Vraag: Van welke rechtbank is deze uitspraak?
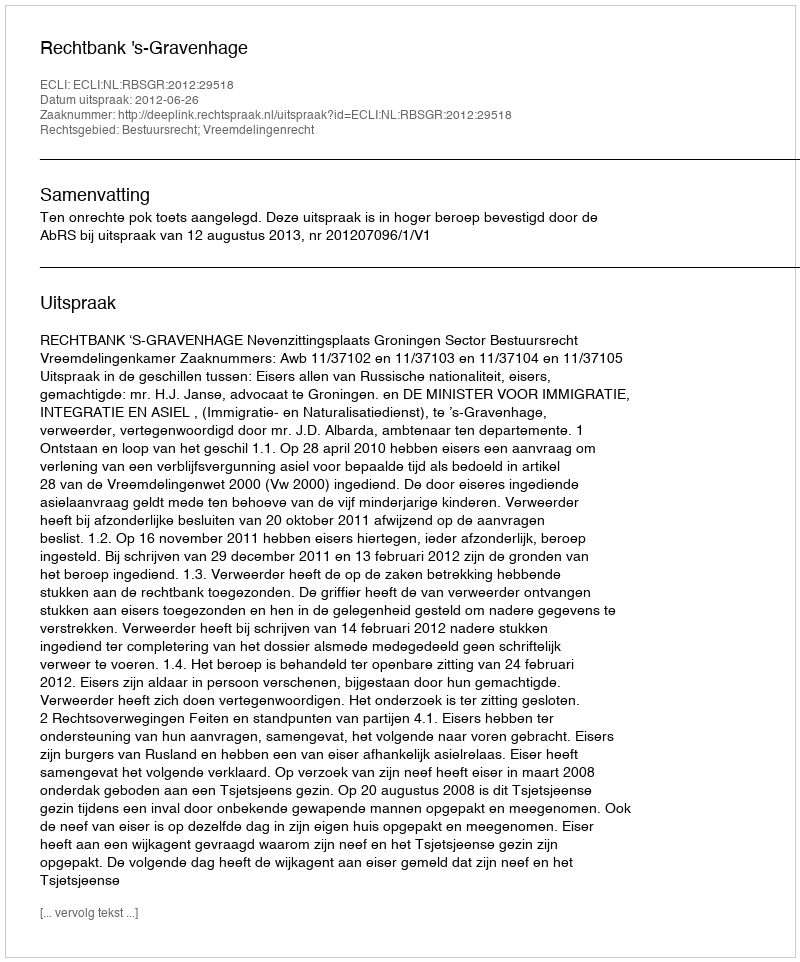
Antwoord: Rechtbank 's-Gravenhage